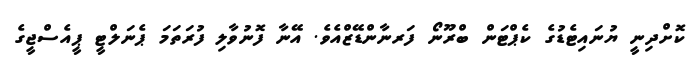
ކޮށްދިނީ ޔުނައިޓެޑުގެ ކެޕްޓަން ބްރޫނޯ ފަރނާންޑޭޒްއެވެ. އޭނާ ފޮނުވާލި ފުރަތަމަ ޕެނަލްޓީ ޕީއެސްޖީގެ